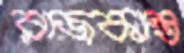
রাজকান্ত